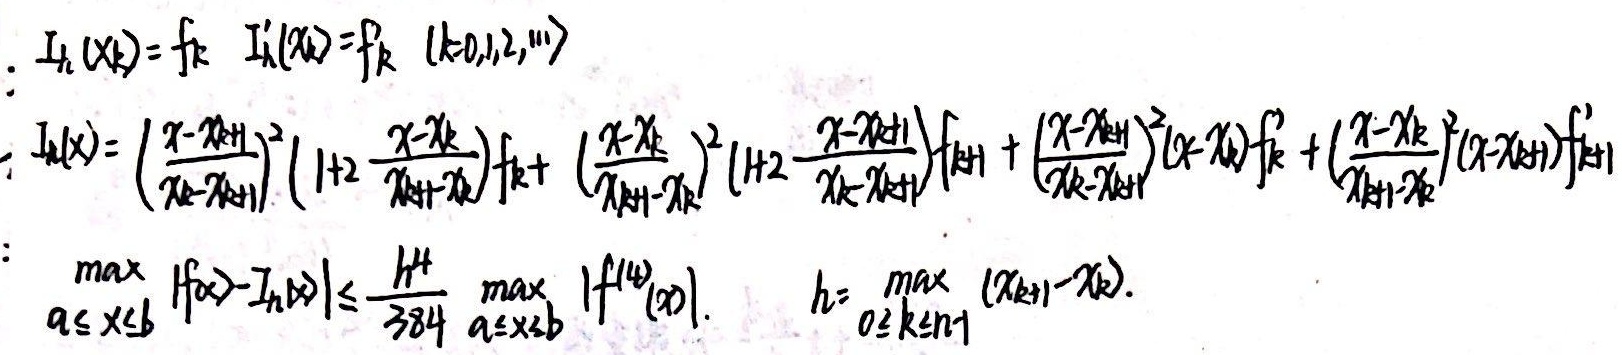
\(I_{h}(x_{k}) = f_{k}, I_{h}'(x_{k})=f_{k}'\ (k = 0,1,2,\cdots)\)

\(I_{h}(x)=\left(\frac{x - x_{k + 1}}{x_{k}-x_{k + 1}}\right)^{2}\left(1 + 2\frac{x - x_{k}}{x_{k+1}-x_{k}}\right)f_{k}+\left(\frac{x - x_{k}}{x_{k + 1}-x_{k}}\right)^{2}\left(1 + 2\frac{x - x_{k+1}}{x_{k}-x_{k + 1}}\right)f_{k + 1}+\left(\frac{x - x_{k + 1}}{x_{k}-x_{k + 1}}\right)^{2}(x - x_{k})f_{k}'+\left(\frac{x - x_{k}}{x_{k + 1}-x_{k}}\right)^{2}(x - x_{k + 1})f_{k + 1}'\)

\(\max_{a\leq x\leq b}|f(x)-I_{h}(x)|\leq\frac{h^{4}}{384}\max_{a\leq x\leq b}|f^{(4)}(x)|,\ h=\max_{0\leq k\leq n - 1}(x_{k + 1}-x_{k})\)